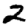
Digit: 2